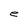
Character: e